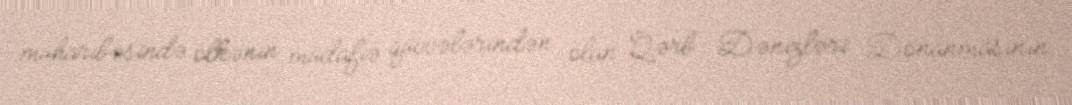
müharibəsində ölkənin müdafiə qüvvələrindən olan Qərb Dənizləri Donanmasının